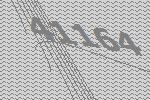
41164